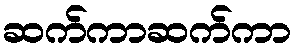
ဆက်ကာဆက်ကာ